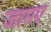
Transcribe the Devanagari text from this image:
जामए